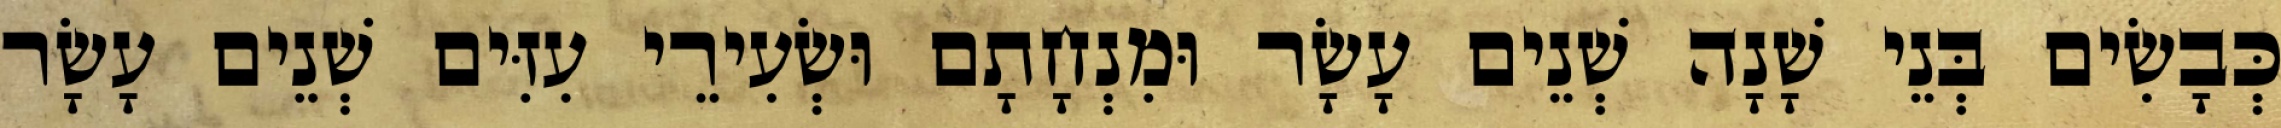
כְּבָשִׂים בְּנֵי שָׁנָה שְׁנֵים עָשָׂר וּמִנְחָתָם וּשְׂעִירֵי עִזִּים שְׁנֵים עָשָׂר